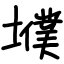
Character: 㙸